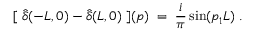
[ \; \hat { \delta } ( - L , 0 ) - \hat { \delta } ( L , 0 ) \; ] ( p ) \; = \; \frac { i } { \pi } \sin ( p _ { 1 } L ) \; .